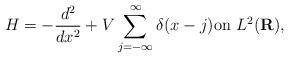
LaTeX: \begin{align*}H = - \frac{d^2}{dx^2} + V\sum_{j=-\infty}^{\infty}\delta(x-j) \mbox{on }L^2({\mathbf R}),\end{align*}